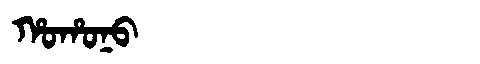
Manchu: ᡥᠣᡥᠣᠨᠣ
Romanization: HOHONO